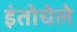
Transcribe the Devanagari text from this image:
इंतोचेले